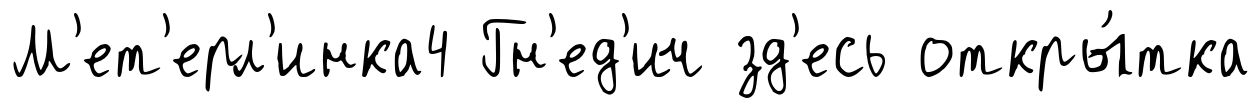
М'ет'ерл'инка4 Гн'ед'ич зд'есь откры́тка